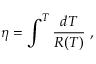
\eta = \int ^ { T } \frac { d T } { R ( T ) } ~ ,